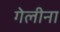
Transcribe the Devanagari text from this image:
गेलीना